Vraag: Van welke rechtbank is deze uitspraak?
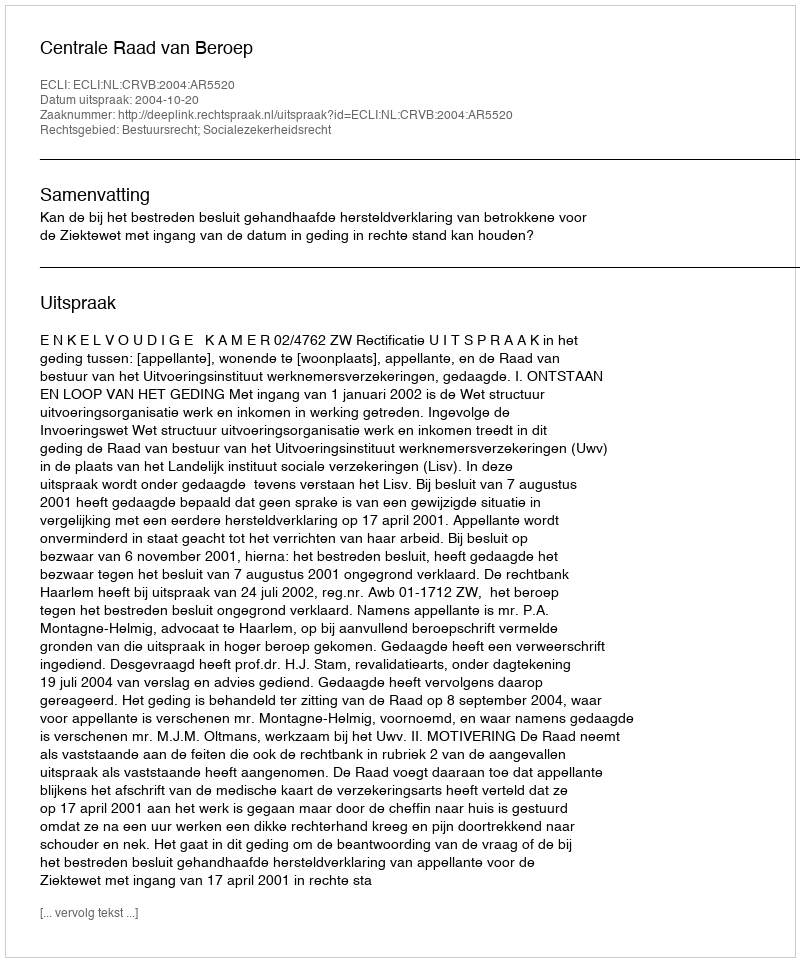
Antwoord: Centrale Raad van Beroep